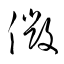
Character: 微